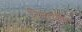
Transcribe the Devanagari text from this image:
दिक्त्योमा